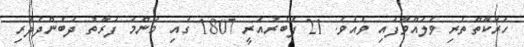
ހަރަކާތްތެރި ވެލައްވާފައި ވެއެވެ. 21 ފެބުރުއަރީ 1807 ގައި މަންމަ ފަރާތު ދެބެންދެދަރި